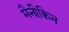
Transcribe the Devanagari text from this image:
मैनीक्विन